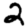
Digit: 2